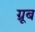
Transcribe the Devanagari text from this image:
ग्रूब